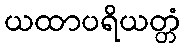
ယထာပရိယတ္တံ